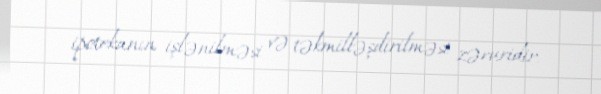
ipotekanın işlənilməsi və təkmilləşdirilməsi zəruridir.